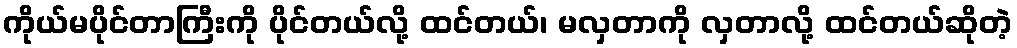
ကိုယ်မပိုင်တာကြီးကို ပိုင်တယ်လို့ ထင်တယ်၊ မလှတာကို လှတာလို့ ထင်တယ်ဆိုတဲ့